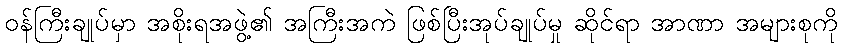
ဝန်ကြီးချုပ်မှာ အစိုးရအဖွဲ့၏ အကြီးအကဲ ဖြစ်ပြီးအုပ်ချုပ်မှု ဆိုင်ရာ အာဏာ အများစုကို